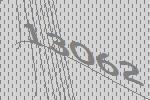
13062